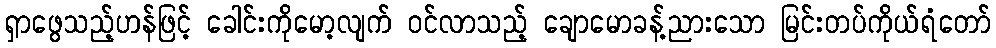
ရှာဖွေသည့်ဟန်ဖြင့် ခေါင်းကိုမော့လျက် ဝင်လာသည့် ချောမောခန့်ညားသော မြင်းတပ်ကိုယ်ရံတော်